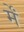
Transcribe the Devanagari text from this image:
र्में